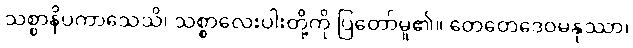
သစ္စာနိပကာသေသိ၊ သစ္စာလေးပါးတို့ကို ပြတော်မူ၏။ တေတေဒေဝမနုဿာ၊